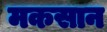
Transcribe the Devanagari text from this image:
मकसान